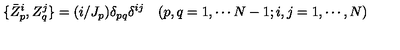
\{ \bar { Z } _ { p } ^ { i } , Z _ { q } ^ { j } \} = ( i / J _ { p } ) \delta _ { p q } \delta ^ { i j } \quad ( p , q = 1 , \cdots N - 1 ; i , j = 1 , \cdots , N )